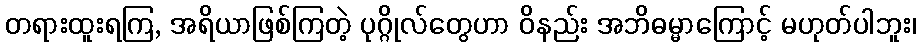
တရားထူးရကြ, အရိယာဖြစ်ကြတဲ့ ပုဂ္ဂိုလ်တွေဟာ ဝိနည်း အဘိဓမ္မာကြောင့် မဟုတ်ပါဘူး၊